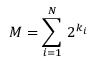
M = \sum _ { i = 1 } ^ { N } \, 2 ^ { k _ { i } }